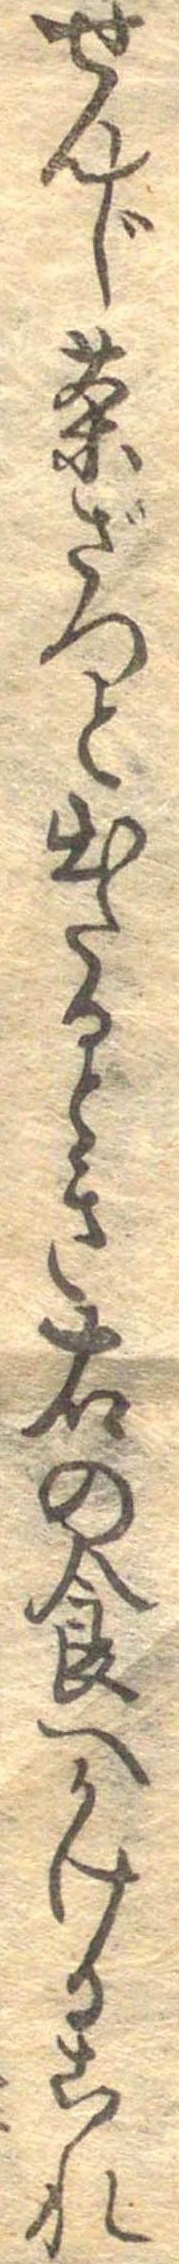
せんじ茶ざつと出たるとき右の食へかけるこれ